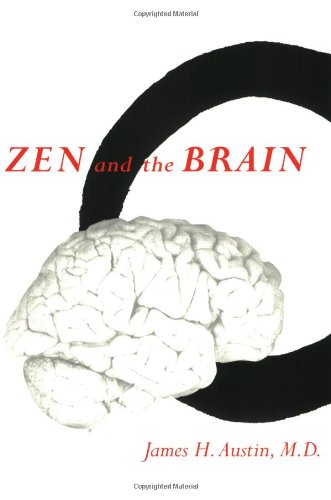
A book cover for Zen and the Brain: Toward an Understanding of Meditation and Consciousness; James H. Austin; Religion & Spirituality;